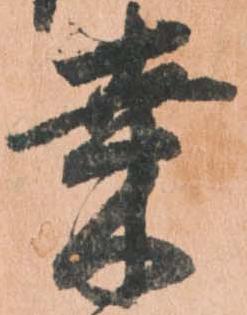
桑